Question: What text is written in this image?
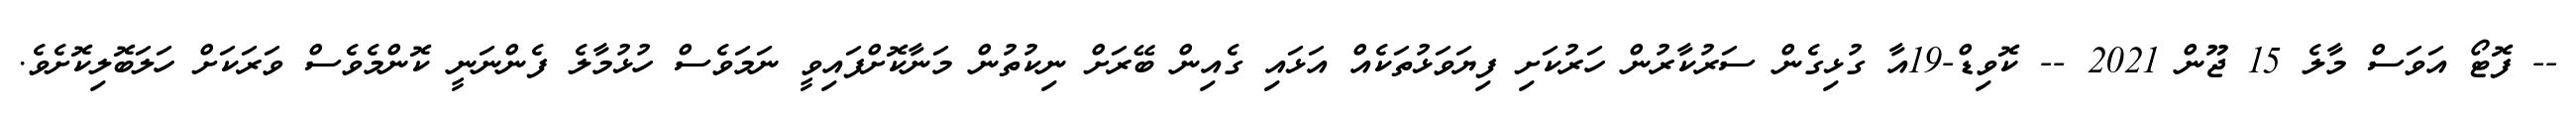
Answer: -- ފޮޓޯ އަވަސް މާލެ 15 ޖޫން 2021 -- ކޮވިޑް-19އާ ގުޅިގެން ސަރުކާރުން ހަރުކަށި ފިޔަވަޅުތަކެއް އަޅައި ގެއިން ބޭރަށް ނިކުތުން މަނާކޮށްފައިވީ ނަމަވެސް ހުޅުމާލެ ފެންނަނީ ކޮންމެވެސް ވަރަކަށް ހަލަބޮލިކޮށެވެ.